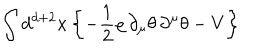
\int d ^ { d + 2 } x \left\{ - \frac { 1 } { 2 } \varrho \, \partial _ { \mu } \theta \, \partial ^ { \mu } \theta - V \right\}